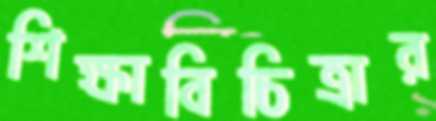
শিক্ষাবিচিত্রার